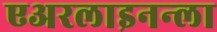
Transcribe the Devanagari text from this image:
एअरलाइनन्ला